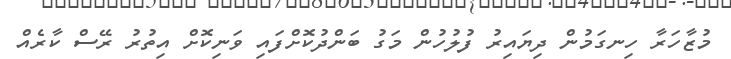
މުޒާހަރާ ހިނގަމުން ދިޔައިރު ފުލުހުން މަގު ބަންދުކޮށްފައި ވަނިކޮށް އިތުރު ރޭސް ކާރެއް